Lunatic asylums Madras 1892-1911 - 1892-1911
Year: 1892
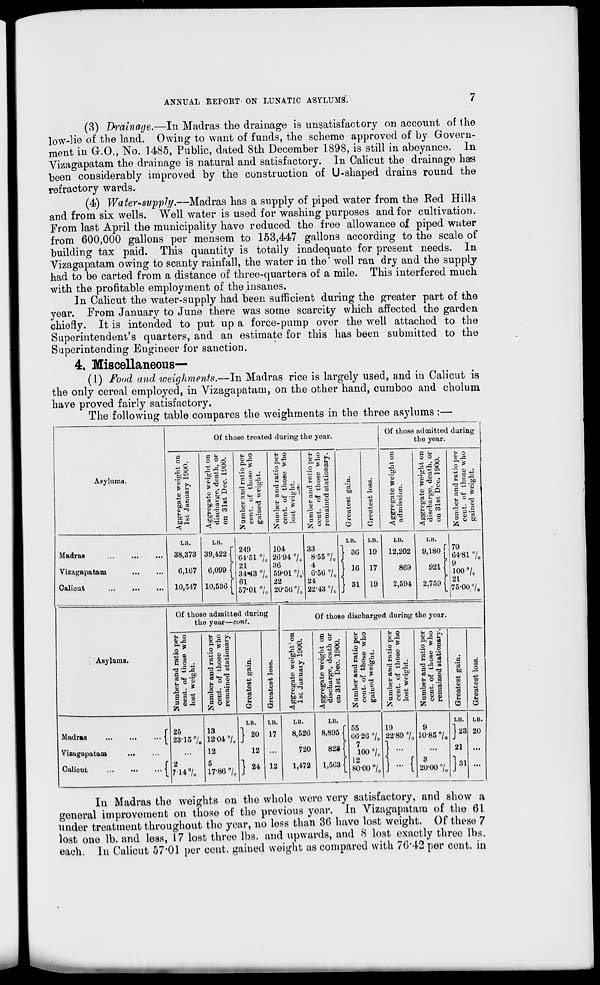
ANNUAL REPORT ON LUNATIC ASYLUMS.
(3) Drainage.—In Madras the drainage is unsatisfactory on account of the
low-lie of the land. Owing to want of funds, the scheme approved of by Govern-
ment in Gr.O., No. 1485, Public, dated 8th December 1898, is still in abeyance. In
Vizagapatam the drainage is natural and satisfactory. In Calicut the drainage has
been considerably improved by the construction of U-shaped drains round the
refractory wards.
(4) Water-supply.—Madras has a supply of piped water from the Red Hills
and from six wells. Well water is used for washing purposes and for cultivation.
From last April the municipality have reduced the free allowance of piped water
from 600,000 gallons per mensem to 153,447 gallons according to the scale of
building tax paid. This quantity is totally inadequate for present needs. In
Vizagapatam owing to scanty rainfall, the water in the' well ran dry and the supply
had to be carted from a distance of three-quartera of a mile. This interfered much
with the profitable employment of the insanes.
In Calicut the water-supply had been sufficient during the greater part of the
year. From January to June there was some scarcity which affected the garden
chiefly. It is intended to put up a force-pump over the well attached to the
Superintendent's quarters, and an estimate for this has been submitted to the
Superintending Engineer for sanction.
4, Miscellaneous—
(l) Fond and weighments.—In Madras rice is largely used, and in Calicut is
the only cereal employed, in Vizagapatam, on the other hand, cumboo and cholum
have proved fairly satisfactory.
The following table compares the weighments in the three asylums :—
Asylums.
Of those treated during the year.
a
0
•§ i
s? 2
b£«
C 1-5
t€rH
o
o
.be
'$
o
a
o
&
Mi
<
0
Q
■t; co
TJ
.2
*4S M 49
C £ be
o
a
c d 9
a s p
3 u to
u o
S *
$*
« O
1*
h °
it
rQ 4S
g p
Z it
hi) 3
4> .
PH
O
43 0>
u o
tarS
-
cS
a
o
p
43 2
a
bo
09
01
3
(1)
E
O
en
43
en
o
-v->
01
h
C
Of those admitted during
the year.
'3
as
so
0)
So ..
P S
bc^
88 .
■S bD M
as C *a
<i
S 2
ft'g
o p
S g -e
So-? H g bD
"2 *•'«
o> . 5
A-» |
S 3 d
3 5 be
fe
Madras
Vizagapatam
Calicut
LB.
LB.
(
LB.
LB.
LB.
LB.
38,373 39,422 f
249
■ 64-51 °/ 0
104
26-94 °/ 0
33
8-55 °/ 0
36 19 12,202 9,180
0,167 6,099 ( 21
34*43 7„
36
59-01 •/,!
4
6-56 °/ 0
16 17
869
921
10,547 10,536 [
61
57-01 °/ e
22
20-56 °/ 0
24
22-43 °\ Q
31 19
2,594 2,759
70
64-81 8 /,
9
100 •/,
21
75-00.7,
ABylams.
Of those admitted during
tho year—cont.
0
S 4 2
o. ,j-
O
»a '5 .a
01
S
ill
p- *s a
.2 1
B 2 5
»- ° s
ill
III
to
I be
CO
O)
■w
Si
0)
DO
B
O
0>
o
Of those discharged during tho year.
e
.°d
■S 5
■a o
_bCr-t
'S t^
a B
B
« 9
fi ~
bo '^
fcCrS
o o .
• A S
C" ai < - i
be S H
'g-'O -J
EC -0
O) bC 1-1
^ a w
g U »
EbJ a
bJjTS o
s>.
8,-S
h o
'-5 ^
Bi 9}
fcc O
h s
a g
3
S5
bB
'S
-a
o>
d
"3
fe 9
u O O
J -e ,
iu
O JJ
d u^
b o >
s
&'
13 ^
rt to
b o
I **
Bi w
!H O
* .
11
B
5
□
ID
0
a
d
be
4J
CO
CJ
"3
O)
E
a
CO
U)
43
CO
9
3
a>
u
3
Madras
Vizagapatam
Calicut
(
25
28*157,
13
12-04 7„
LB.
] 20
LB.
17
LB.
8,526
LB.
8,895
55
66-20 7 0
19
22-89 7 0
9
10-85 7„
LB.
}«
...
12
12 ...
720
828
100 7,
...
...
21
2
714 7„
5
17-86 7 0
] 24 12 1,472 1,563 f 12
80-00 7„ ]-{
3
80-007, }«
I.I!.
20
Iii Madras tho weights on tho whole were very satisfactory, and show a
general improvement on those of the previous year. In Yizagapatara of the 6L
under treatment throughout tho year, no less than 36 have lost weight. Of these 7
lost one lb. and less, 17 lost three lbs. and upwards, and 8 lost exactly three lbs.
each. In Calicut 57*01 per cent, gained weight as compared with 70*42 per cent, in